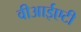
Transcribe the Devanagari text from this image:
वीआईएटी